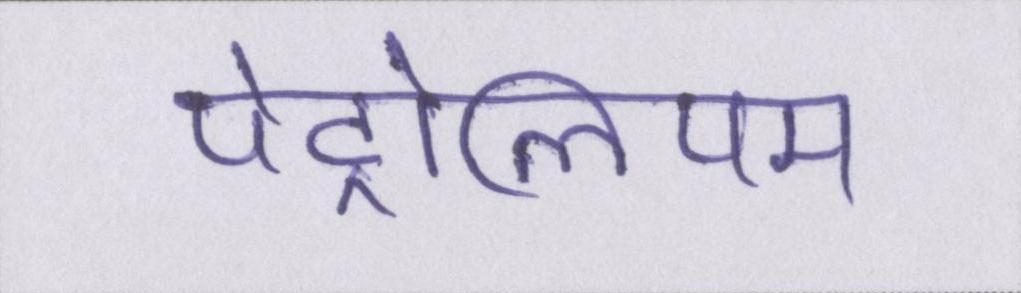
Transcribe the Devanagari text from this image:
पेट्रोलियम